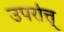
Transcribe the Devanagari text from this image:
उपरोत्त्